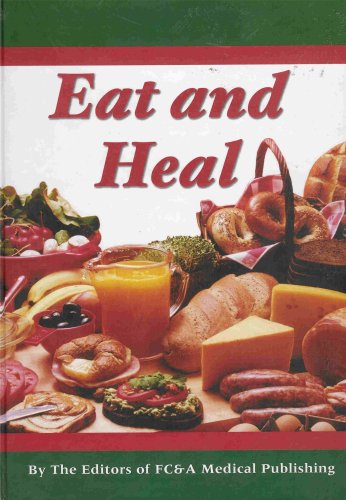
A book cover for Eat and Heal (Foods That Can Prevent or Cure Many Common Ailments); Health, Fitness & Dieting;